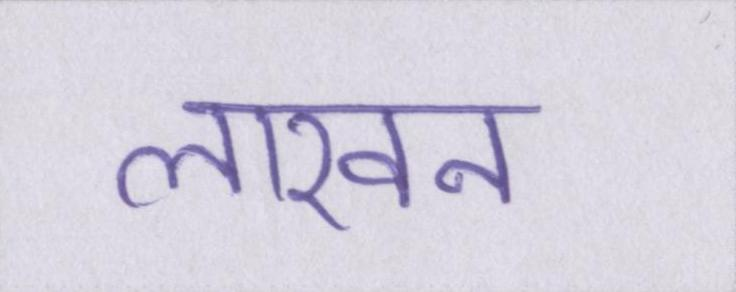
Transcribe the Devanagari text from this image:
लाखन